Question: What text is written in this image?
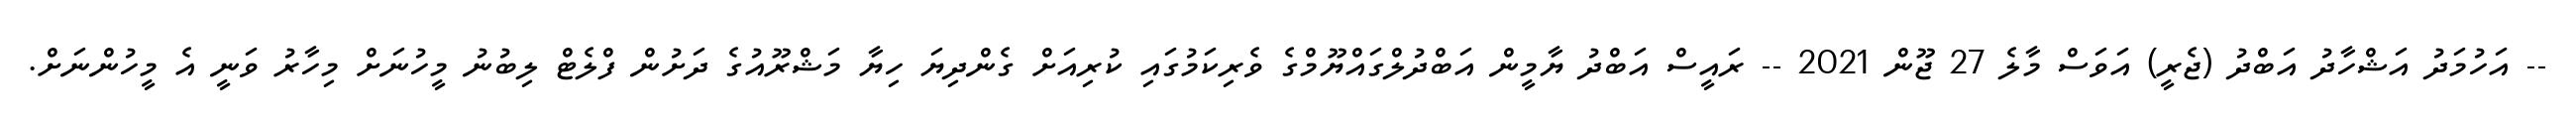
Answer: -- އަހުމަދު އަޝްހާދު އަބްދު (ޖެރީ) އަވަސް މާލެ 27 ޖޫން 2021 -- ރައީސް އަބްދު ޔާމީން އަބްދުލްގައްޔޫމްގެ ވެރިކަމުގައި ކުރިއަށް ގެންދިޔަ ހިޔާ މަޝްރޫއުގެ ދަށުން ފްލެޓް ލިބުނު މީހުނަށް މިހާރު ވަނީ އެ މީހުންނަށް.